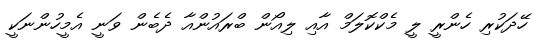
ހޭދަކުރި ހެންރީ ލީ މެކްކޮލަމް އާއި ލިއޯން ބްރައުންއާ ދެބެން ވަނީ އެމީހުންނަކީ